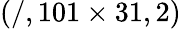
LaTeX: (/,101\times 31,2)